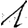
Digit: 1